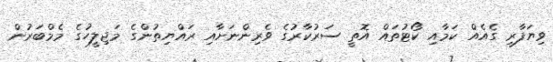
ވިޔަފާރި ގެއެއް ކަމާއި ކޯޓުތައް އޮތީ ސަރުކާރުގެ ވެރިންނަށާއި ރައްޔިތުންގެ މަޖިލީހުގެ މެމްބަރުން